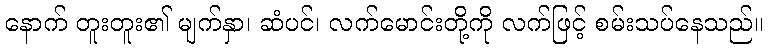
နောက် တူးတူး၏ မျက်နှာ၊ ဆံပင်၊ လက်မောင်းတို့ကို လက်ဖြင့် စမ်းသပ်နေသည်။